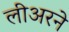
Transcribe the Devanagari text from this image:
लीअरने